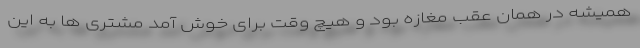
همیشه در همان عقب مغازه بود و هیچ وقت برای خوش آمد مشتری ها به این